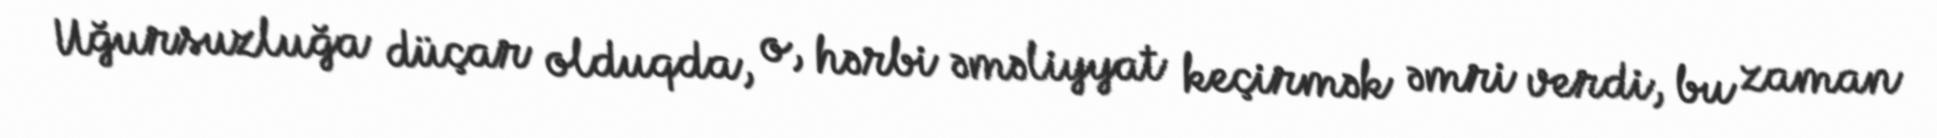
Uğursuzluğa düçar olduqda, o, hərbi əməliyyat keçirmək əmri verdi, bu zaman